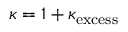
\kappa = 1 + \kappa _ { \mathrm { e x c e s s } }